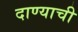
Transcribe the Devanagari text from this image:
दाण्याची